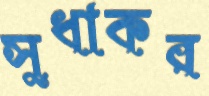
সুধাকর